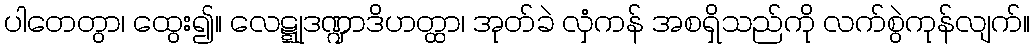
ပါတေတွာ၊ ထွေး၍။ လေဋ္ဋုဒဏ္ဍာဒိဟတ္ထာ၊ အုတ်ခဲ လှံကန် အစရှိသည်ကို လက်စွဲကုန်လျက်။